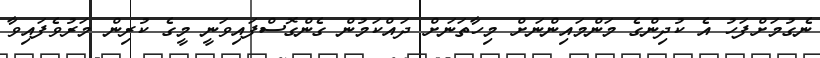
ނެގުމަށްފަހު އެ ކުދިންގެ މަންމައިންނަށް މިހާތަނަށް ދައްކަމުން ގެންގޮސްފައިވަނީ މީގެ ކުރިން މަރުވެފައިވާ